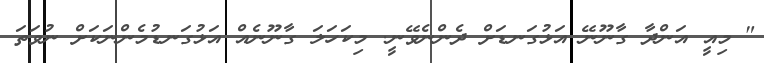
" މިއީ އަންދާ ގާނޫނޭ އަޅުގަނޑަށް ދެންނެވޭނީ. މިކަހަލަ ގާނޫނެއް އަޅުގަނޑުމެންނަކަށް ނުވަތަ